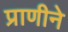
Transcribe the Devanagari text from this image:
प्राणीने